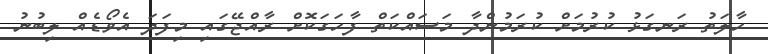
ހާލަތު ރަނގަޅު ކުރުމަށް ކުރަމުންދާ މަސައްކަތް ފާހަގަކޮށް ރާއްޖޭގައި މިފަދަ އެވޯޑެއް ލިބުނު